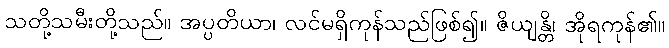
သတို့သမီးတို့သည်။ အပ္ပတိယာ၊ လင်မရှိကုန်သည်ဖြစ်၍။ ဇိယျန္တိ၊ အိုရကုန်၏။